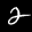
Label: 2